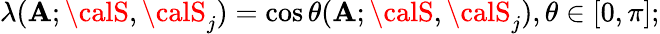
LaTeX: \lambda(\mathbf{A};{\calS},{\calS}_{j})=\cos\theta(\mathbf{A};{\calS},{\calS}_{j}),\theta\in[0,\pi];